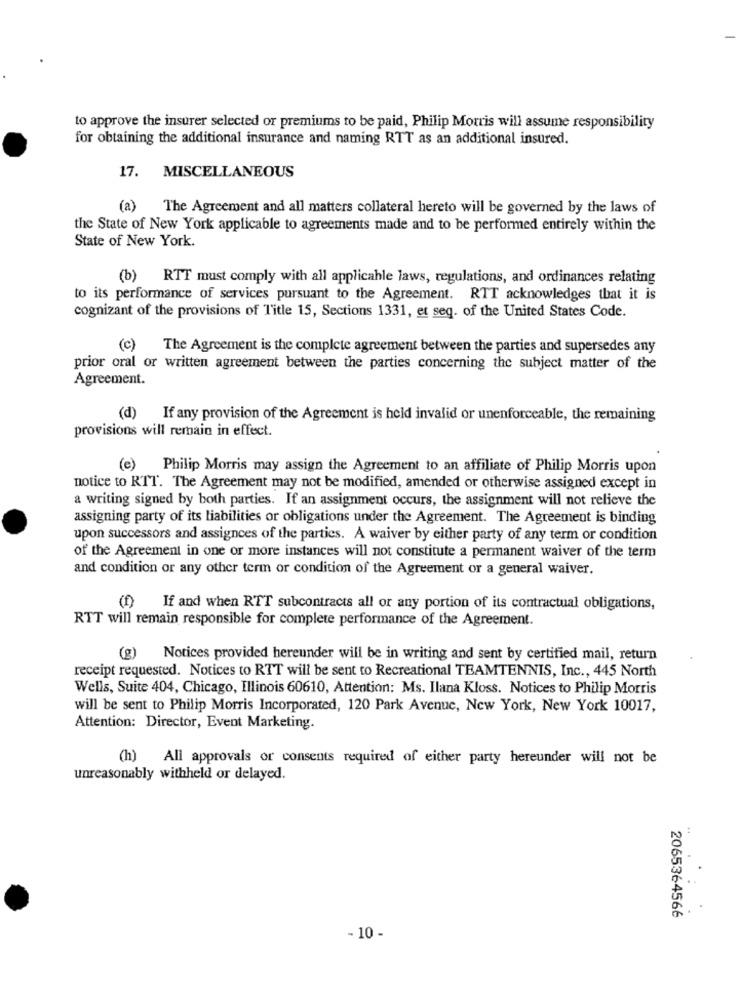
to approve the insurer selected or premiums to be paid, Philip Morris will assume responsibility
for obtaining the additional insurance and naming RTT as an additional insured.
17. MISCELLANEOUS
(a)
The Agreement and all matters collateral hereto will be governed by the laws of
the State of New York applicable to agreements made and to be performed entirely within the
State of New York.
(b) RTT must comply with all applicable laws, regulations, and ordinances relating
to its performance of services pursuant to the Agreement. RTT acknowledges that it is
cognizant of the provisions of Title 15, Sections 1331, et seq. of the United States Code.
(c) The Agreement is the complete agreement between the parties and supersedes any
prior oral or written agreement between the parties concerning the subject matter of the
Agreement.
(d) If any provision of the Agreement is held invalid or unenforceable, the remaining
provisions will remain in effect.
(e) Philip Morris may assign the Agreement to an affiliate of Philip Morris upon
notice to RTT. The Agreement may not be modified, amended or otherwise assigned except in
a writing signed by both parties. If an assignment occurs, the assignment will not relieve the
assigning party of its liabilities or obligations under the Agreement. The Agreement is binding
upon successors and assignces of the parties. A waiver by either party of any term or condition
of the Agreement in one or more instances will not constitute a permanent waiver of the term
and condition or any other term or condition of the Agreement or a general waiver.
If and when RTT subcontracts all or any portion of its contractual obligations,
RTT will remain responsible for complete performance of the Agreement.
(g) Notices provided hereunder will be in writing and sent by certified mail, return
receipt requested. Notices to RTT will be sent to Recreational TEAMTENNIS, Inc ., 445 North
Wells, Suite 404, Chicago, Illinois 60610, Attention: Ms. Ilana Kloss. Notices to Philip Morris
will be sent to Philip Morris Incorporated, 120 Park Avenue, New York, New York 10017,
Attention: Director, Event Marketing.
(h) All approvals or consents required of either party hereunder will not be
unreasonably withheld or delayed.
2065364566
- 10 -